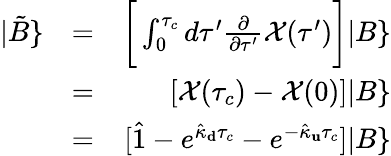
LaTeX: \begin{array}{rlr}{|\tilde{B}\} }&{=}&{\bigg[\int_{0}^{\tau_{c}}d\tau^{\prime}\frac{\partial}{\partial\tau^{\prime}}\mathcal{X}(\tau^{\prime})\bigg]|B\} }\\ &{=}&{\left[\mathcal{X}(\tau_{c})-\mathcal{X}(0)\right]|B\} }\\ &{=}&{[\hat{1}-e^{\hat{\kappa}_{\mathbf d}\tau_{c}}-e^{-\hat{\kappa}_{\mathbf u}\tau_{c}}]|B\} }\end{array}